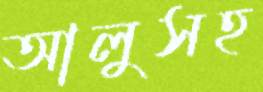
আলুসহ